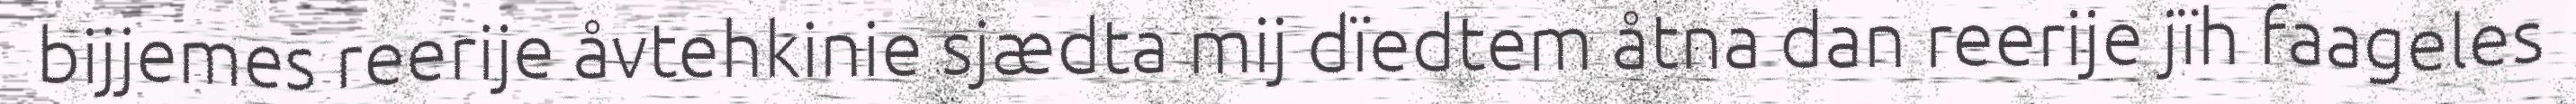
bijjemes reerije åvtehkinie sjædta mij dïedtem åtna dan reerije jïh faageles